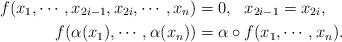
LaTeX: \begin{align*}f(x_{1}, \cdots, x_{2i-1}, x_{2i}, \cdots, x_{n})&=0, ~~ x_{2i-1}=x_{2i},\\f(\alpha(x_1), \cdots, \alpha(x_n))&=\alpha\circ f(x_{1}, \cdots, x_{n}).\end{align*}